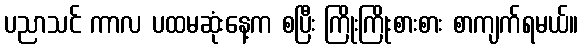
ပညာသင် ကာလ ပထမဆုံးနေ့က စပြီး ကြိုးကြိုးစားစား စာကျက်ရမယ်။